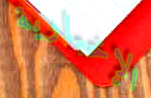
الإخبارية